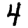
Digit: 4